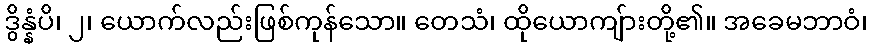
ဒွိန္နံပိ၊ ၂၊ ယောက်လည်းဖြစ်ကုန်သော။ တေသံ၊ ထိုယောကျ်ားတို့၏။ အခေမဘာဝံ၊